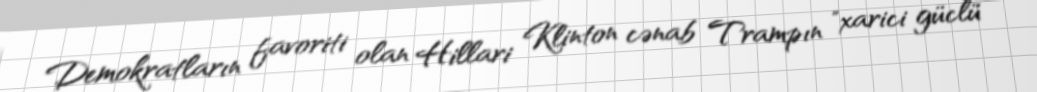
Demokratların favoriti olan Hillari Klinton cənab Trampın "xarici güclü